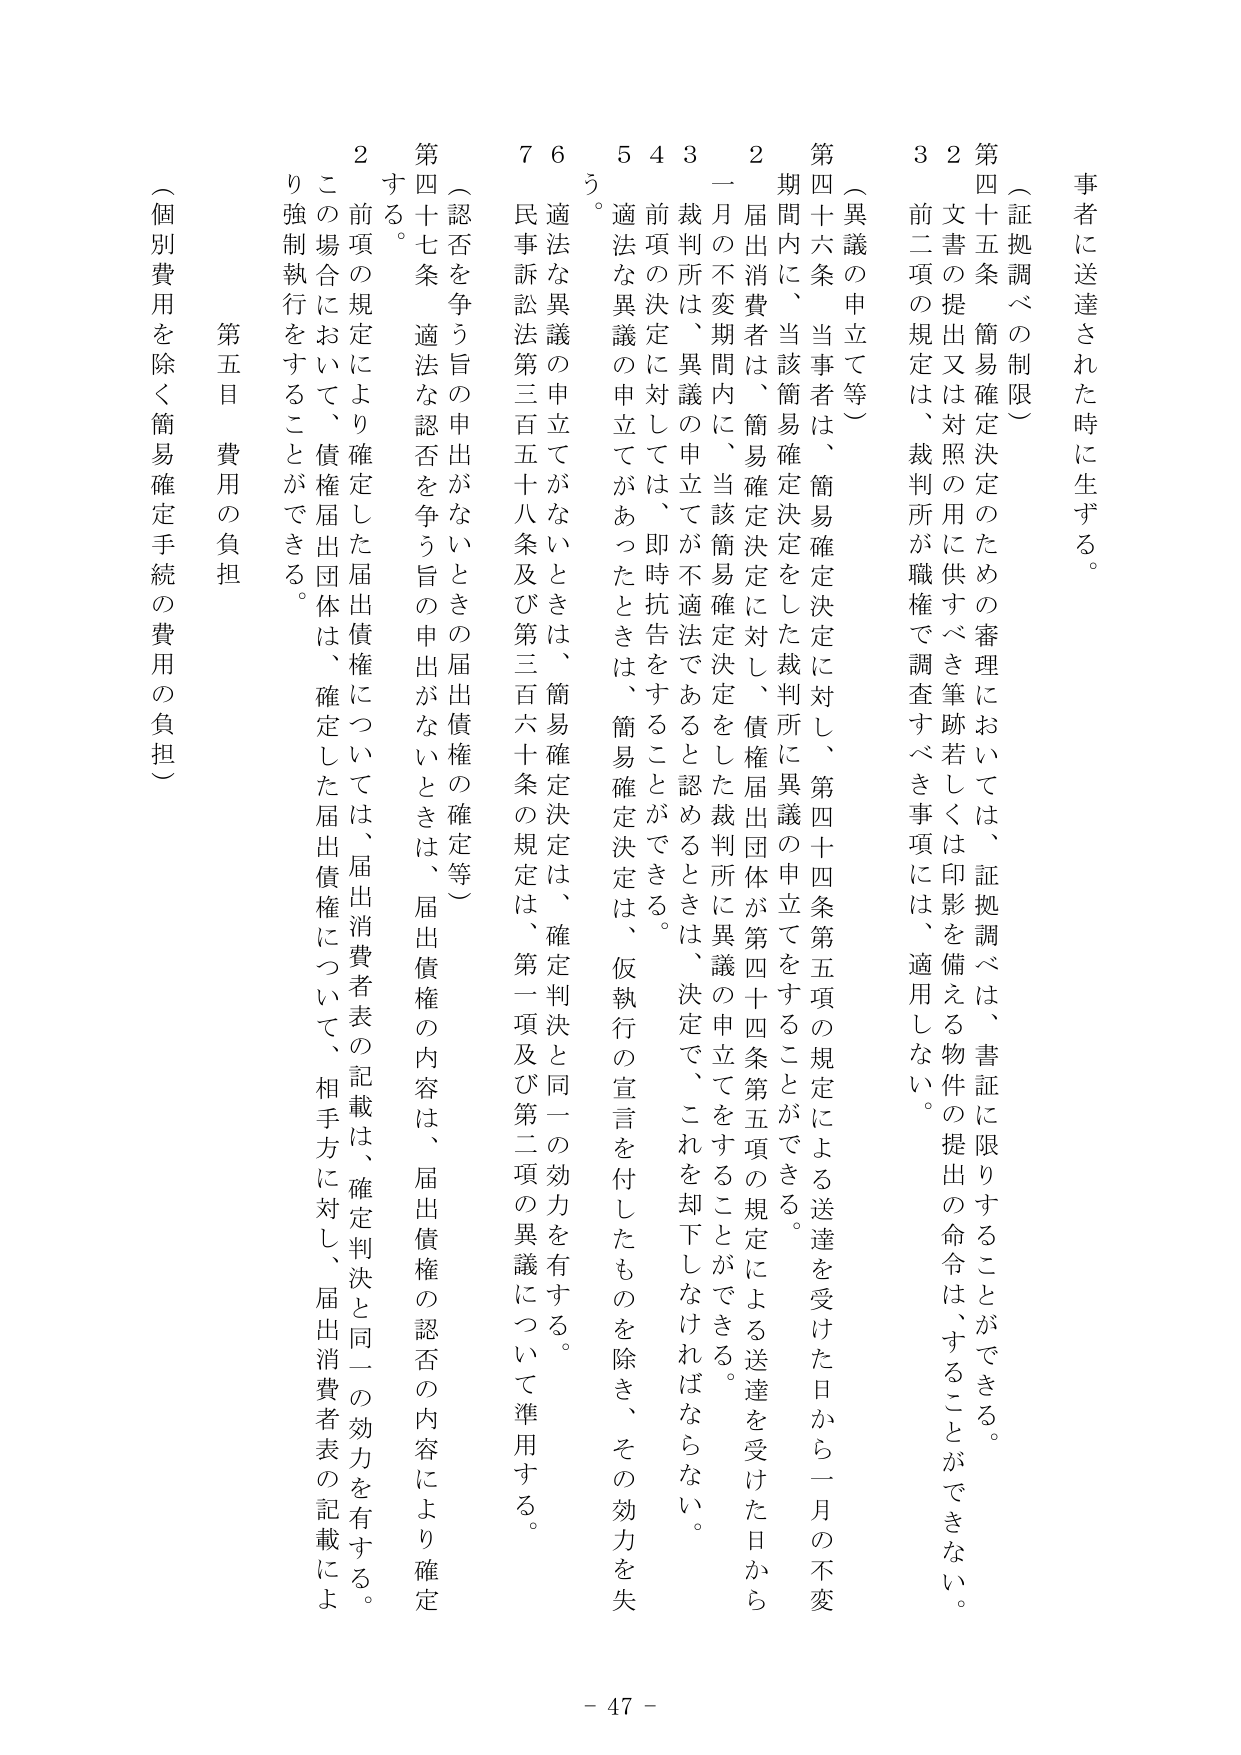
事者に送達された時に生ずる。

（証拠調べの制限）
第四十五条 簡易確定決定のための審理においては、証拠調べは、書証に限りすることができる。
２ 文書の提出又は対照の用に供すべき筆跡若しくは印影を備える物件の提出の命令は、することができない。
３ 前二項の規定は、裁判所が職権で調査すべき事項には、適用しない。

（異議の申立て等）
第四十六条 当事者は、簡易確定決定に対し、第四十四条第五項の規定による送達を受けた日から一月の不変期間内に、当該簡易確定決定をした裁判所に異議の申立てをすることができる。
２ 届出消費者は、簡易確定決定に対し、債権届出団体が第四十四条第五項の規定による送達を受けた日から一月の不変期間内に、当該簡易確定決定をした裁判所に異議の申立てをすることができる。
３ 裁判所は、異議の申立てが不適法であると認めるときは、決定で、これを却下しなければならない。
４ 前項の決定に対しては、即時抗告をすることができる。
５ 適法な異議の申立てがあったときは、簡易確定決定は、仮執行の宣言を付したものを除き、その効力を失う。
６ 適法な異議の申立てがないときは、簡易確定決定は、確定判決と同一の効力を有する。
７ 民事訴訟法第三百五十八条及び第三百六十条の規定は、第一項及び第二項の異議について準用する。

（認否を争う旨の申出がないときの届出債権の確定等）
第四十七条 適法な認否を争う旨の申出がないときは、届出債権の内容は、届出債権の認否の内容により確定する。
２ 前項の規定により確定した届出債権については、届出消費者表の記載は、確定判決と同一の効力を有する。
この場合において、債権届出団体は、確定した届出債権について、相手方に対し、届出消費者表の記載により強制執行をすることができる。

第五目 費用の負担
（個別費用を除く簡易確定手続の費用の負担）

- 47 -